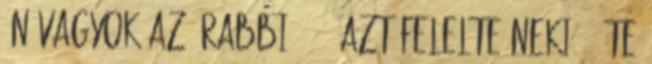
én vagyok az, Rabbi?'' Ő azt felelte neki: ,,Te